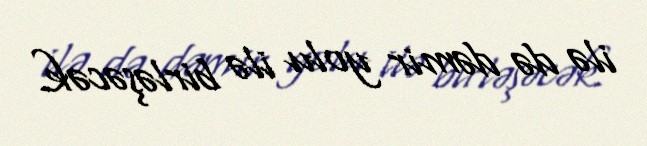
ilə də dəmir yolu ilə birləşəcək.